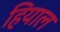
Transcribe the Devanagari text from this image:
हियाल